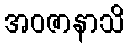
အဝဇာနာသိ